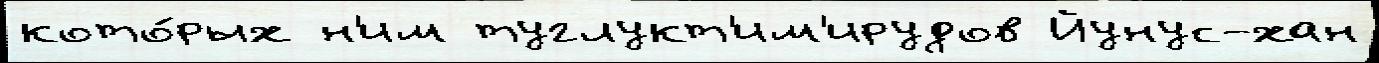
кото́рых н'им туглукт'им'ирудов Йунус-хан